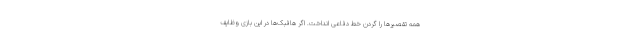
همه تقصیرها را گردن خط دفاعی انداخت. اگر هافبک‌ها در این بازی وظایف